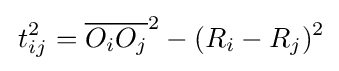
\,t_{ij}^{2}={\overline {O_{i}O_{j}}}^{2}-(R_{i}-R_{j})^{2}